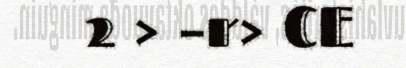
2 > –r> CE